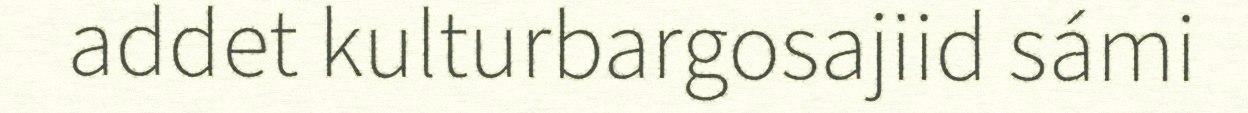
addet kulturbargosajiid sámi